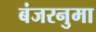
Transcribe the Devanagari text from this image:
बंजरनुमा